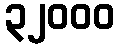
၃၂၀၀၀